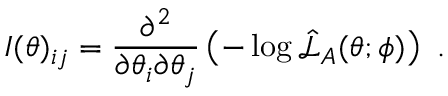
\boldsymbol { I } ( \boldsymbol { \theta } ) _ { i j } = \frac { \partial ^ { 2 } } { \partial \theta _ { i } \partial \theta _ { j } } \left( - \log \hat { \mathcal { L } } _ { A } ( \boldsymbol { \theta } ; \boldsymbol { \phi } ) \right) ~ .